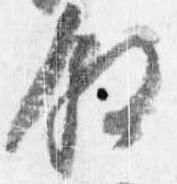
叙